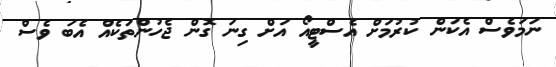
ނަމަވެސް އެކަން ކުރުމަށް އެސްޓީއޯ އަަށް ގިނަ ގޮން ޖެހުންތަކެއް އެބަ ވެސް